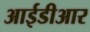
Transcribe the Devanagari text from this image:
आईडीआर